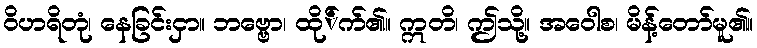
ဝိဟရိတုံ၊ နေခြင်းငှာ။ ဘဗ္ဗော၊ ထို်က်၏။ ဣတိ၊ ဤသို့။ အဝေါစ၊ မိန့်တော်မူ၏။